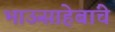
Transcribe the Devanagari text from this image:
भाऊसाहेबांचे